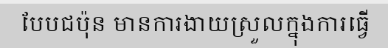
បែបជប៉ុន មានការងាយស្រួលក្នុងការធ្វើ